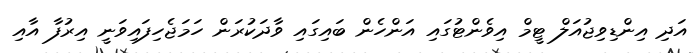
އަދި އިންޑިވިޖުއަލް ޓީމް އިވެންޓުގައި އަންހެން ބައިގައި ވާދަކުރަން ހަމަޖެހިފައިވަނީ އިރުފާ އާއި